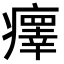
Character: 𤻂